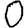
Digit: 0